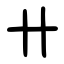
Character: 卄